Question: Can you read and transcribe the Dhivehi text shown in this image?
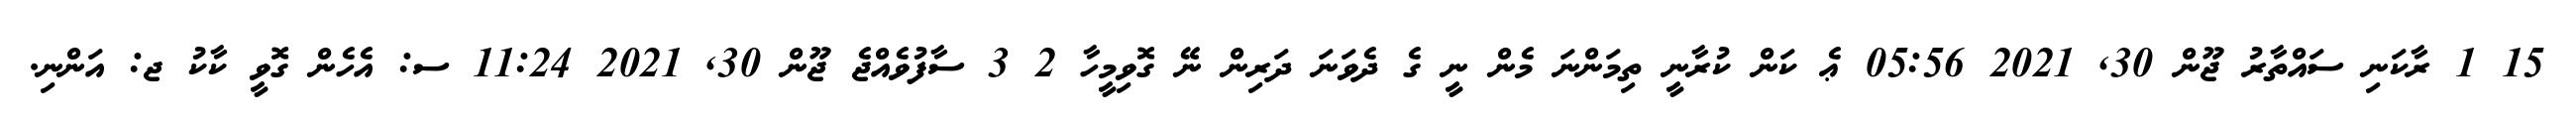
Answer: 15 1 ރާކަނި ސައްތާރު ޖޫން 30, 2021 05:56 ޢެ ކަން ކުރާނީ ތިމަންނަ މެން ނީ ގެ ދެވަނަ ދަރިން ނޭ ގޮވިމީހާ 2 3 ސާފުވެއްޖެ ޖޫން 30, 2021 11:24 ސ: އެހެން ގޮވީ ކާކު ޖ: އަންނި.